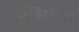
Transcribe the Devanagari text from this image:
अहिरांच्या